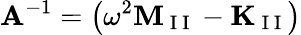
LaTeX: \mathbf{A}^{-1}=\left(\omega^{2}\mathbf{M}_{\mathrm{~I~I~}}-\mathbf{K}_{\mathrm{~I~I~}}\right)